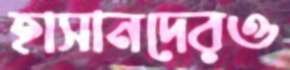
হাসানদেরও